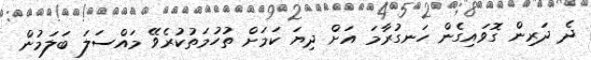
ދެ ދަރިން ގޮވައިގެން ހަނގުރާމަ އަށް ދިޔަ ކަމަށް ތުހުމަތުކުރެވޭ މައްސަލަ ބަލަމުން